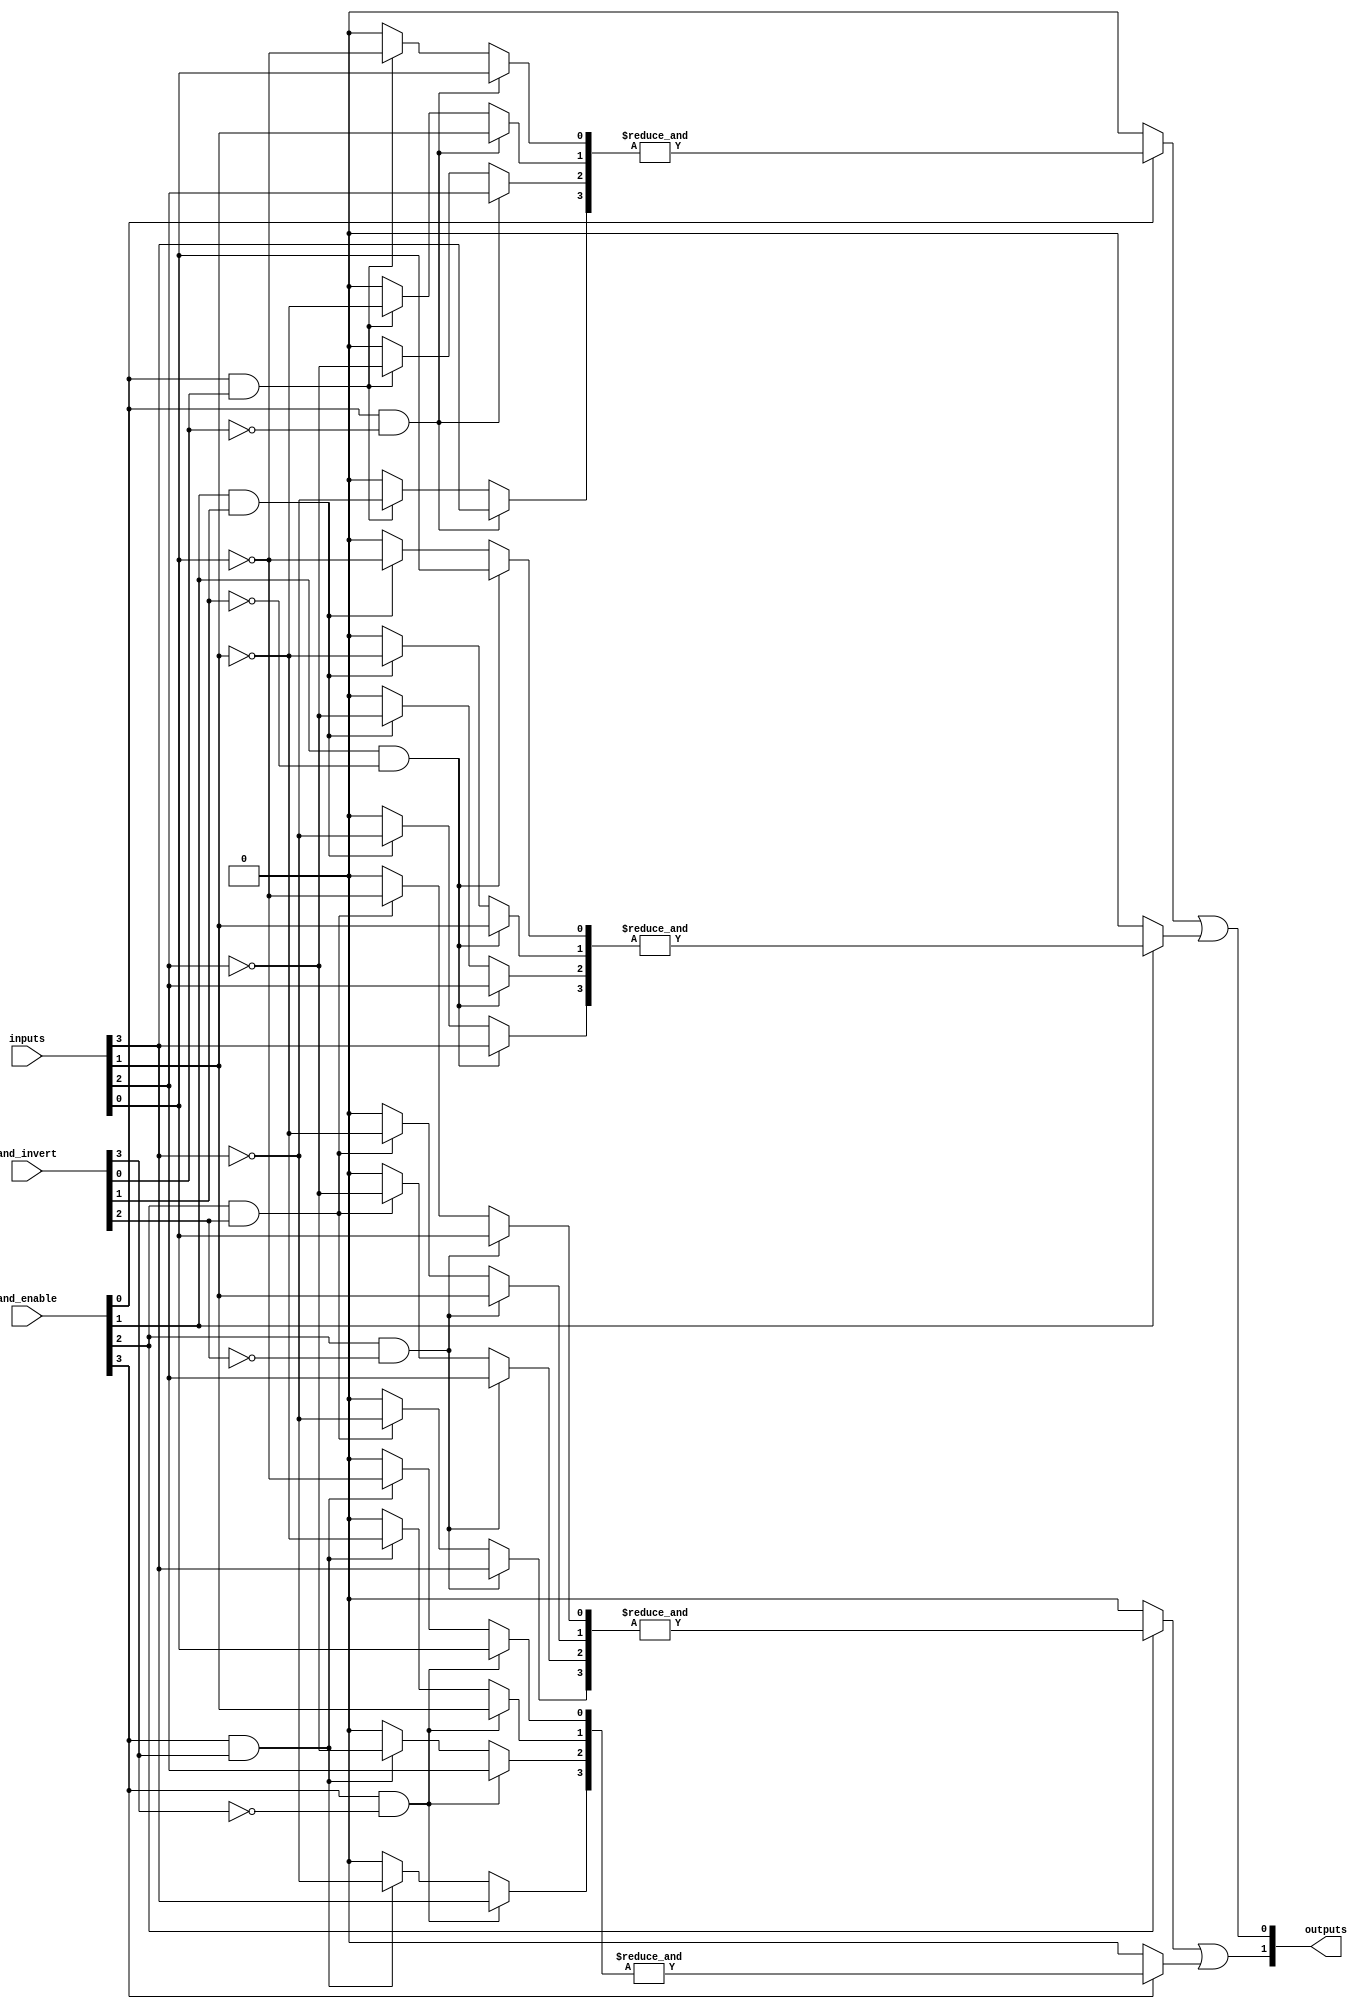
module SPAL #(
    parameter n = 4, // Number of input lines
    parameter m = 4, // Number of AND gates
    parameter p = 2   // Number of OR gates (outputs)
)(
    input wire [n-1:0] inputs, // Input lines
    input wire [m-1:0] and_enable, // Control signals for AND gates
    input wire [m-1:0] and_invert, // Control signals for input inversion
    output wire [p-1:0] outputs // Output lines
);

// Internal wires for AND gate outputs
wire [m-1:0] and_outputs;

// Generate the programmable AND gates
genvar i, j;
generate
    for (i = 0; i < m; i = i + 1) begin : and_gate
        wire [n-1:0] and_inputs;
        
        // Connect inputs to AND gates based on programming
        for (j = 0; j < n; j = j + 1) begin : input_mux
            assign and_inputs[j] = (and_enable[i] && !and_invert[i]) ? inputs[j] : 
                                    (and_enable[i] && and_invert[i]) ? ~inputs[j] : 1'b0;
        end
        
        // AND gate logic
        assign and_outputs[i] = and_enable[i] ? &and_inputs : 1'b0; // AND operation
    end
endgenerate

// Fixed OR array combining the outputs of the AND gates
assign outputs[0] = and_outputs[0] | and_outputs[1]; // Example OR gate 1
assign outputs[1] = and_outputs[2] | and_outputs[3]; // Example OR gate 2

endmodule